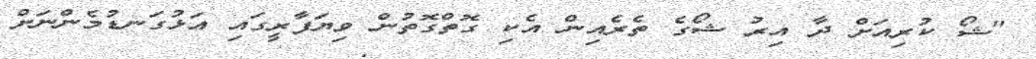
"ޝޯ ކުރިއަށް ދާ އިރު ޝޯގެ ތެރެއިން އެކި ގޮތްގޮތުން ވިޔަފާރީގައި އަޅުގަނޑުމެންނަށް